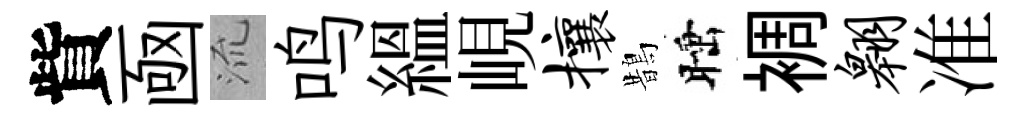
貲凾𣴑鸣緼峴攘鵲睡裯翱准